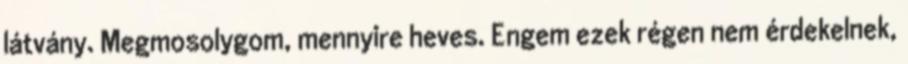
látvány. Megmosolygom, mennyire heves. Engem ezek régen nem érdekelnek,